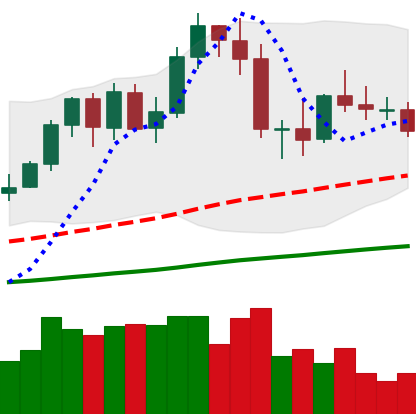
Ticker: NEO-USD
Chart end date: 2020-09-28
Forward return: -11.121%
Label: down_7plus